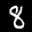
Label: 8